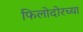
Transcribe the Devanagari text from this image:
फिलोदोरच्या